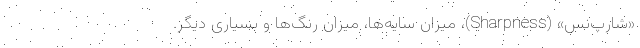
«شارپ‌نس» (Sharpness)، میزان سایه‌ها، میزان رنگ‌ها و بسیاری دیگر.